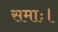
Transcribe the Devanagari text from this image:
समाः।